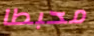
محبطا